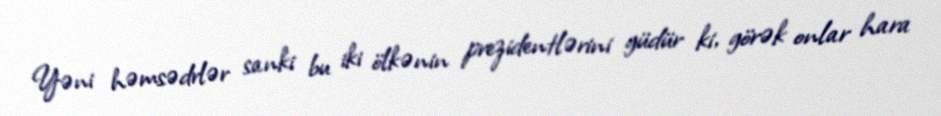
Yəni həmsədrlər sanki bu iki ölkənin prezidentlərini güdür ki, görək onlar hara